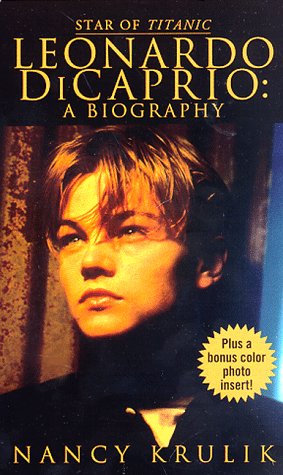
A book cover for Leonardo Dicaprio a Biography; Nancy Krulik; Teen & Young Adult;